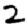
Digit: 2